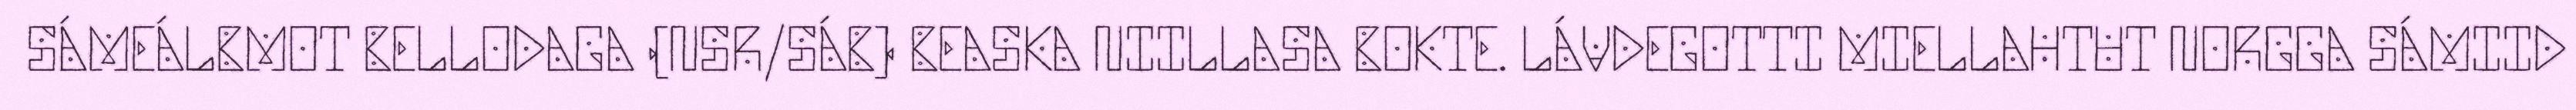
SÁMEÁLBMOT BELLODAGA (NSR/SÁB) BEASKA NIILLASA BOKTE. LÁVDEGOTTI MIELLAHTUT NORGGA SÁMIID